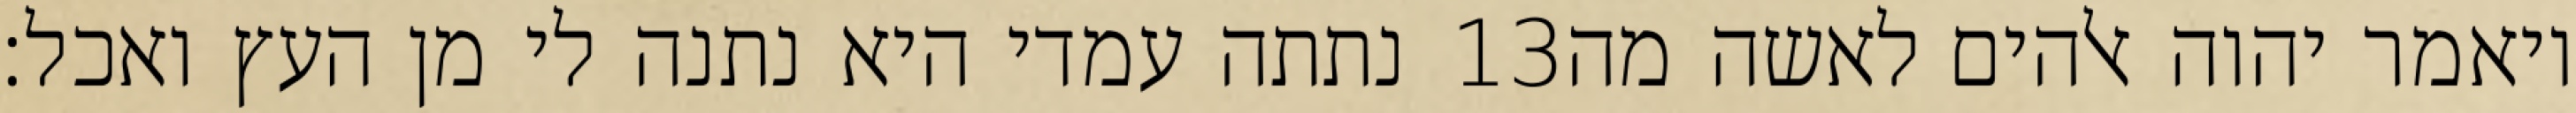
נתתה עמדי היא נתנה לי מן העץ ואכל׃ ‎13‏ ויאמר יהוה אלהים לאשה מה